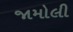
જામોલી